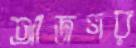
আজগর